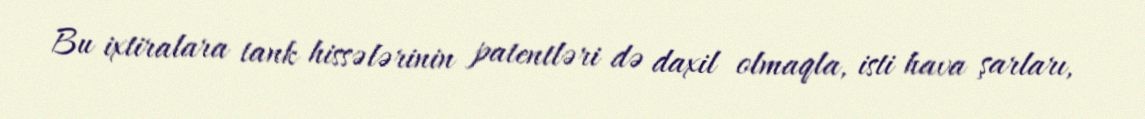
Bu ixtiralara tank hissələrinin patentləri də daxil olmaqla, isti hava şarları,